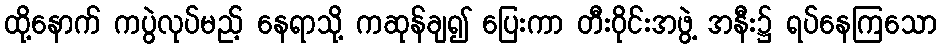
ထို့နောက် ကပွဲလုပ်မည့် နေရာသို့ ကဆုန်ချ၍ ပြေးကာ တီးဝိုင်းအဖွဲ့ အနီး၌ ရပ်နေကြသော